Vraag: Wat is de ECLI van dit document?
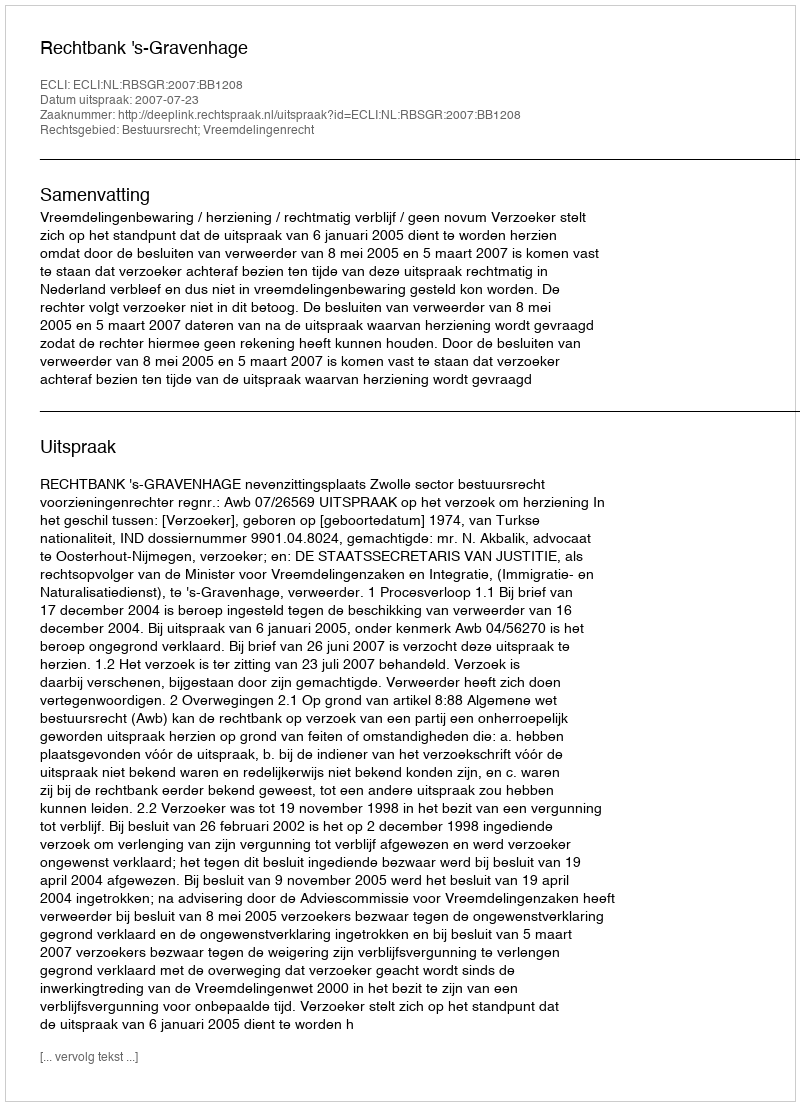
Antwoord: ECLI:NL:RBSGR:2007:BB1208